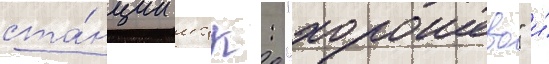
ста́нции мцк: "хорошево" и́